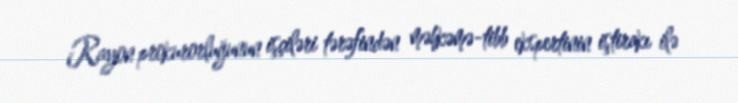
Rayon prokurorluğunun işçiləri tərəfindən məhkəmə-tibb ekspertinin iştirakı ilə